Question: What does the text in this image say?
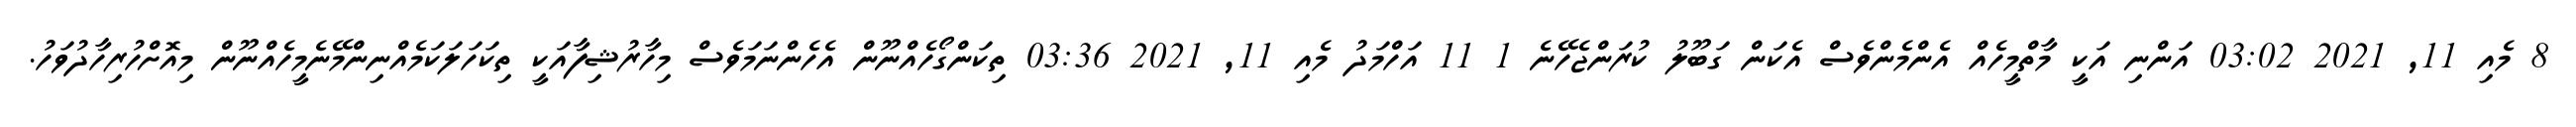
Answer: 8 މެއި 11, 2021 03:02 އަންނި އަކީ މާތްމީހެއް އެންމެންވެސް އެކަން ގަބޫލު ކުރަންޖެހޭނެ 1 11 އަހްމަދު މެއި 11, 2021 03:36 ތިކަންގޯހެއްނޫން އެހެންނަމަވެސް މިހާރުޝިފާއަކީ ތިކަހަލަކަމެއްނިންމޭނެމީހެއްނޫން މިއޮށްހުރިހާދުވަހު.